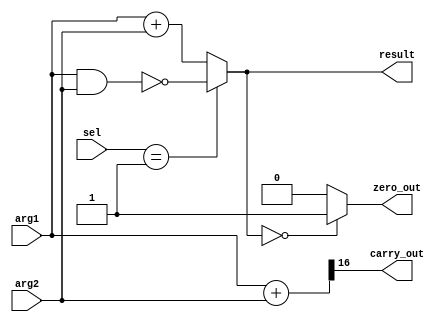
module alu(
    input [1:0] sel,
    input [15:0] arg1, arg2,
    output [15:0] result,
    output carry_out, zero_out
);

    reg [15:0] alu_result;
    assign result = alu_result;
    wire [16:0] tmp = {1'b0, arg1} + {1'b0, arg2};
    assign carry_out = tmp[16];

    assign zero_out = (alu_result == 16'd0) ? 1'b1 : 1'b0;
    
    always @(*) begin
        case (sel)
            3'b00:
                alu_result <= (arg1 + arg2);
            3'b01:
                alu_result <= ~(arg1 & arg2);
            default: 
                alu_result <= (arg1 + arg2);
        endcase
         
    end

endmodule